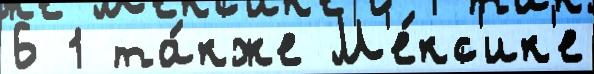
6 1 та́кже М'е́кс'ик'е